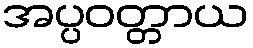
အပ္ပဝတ္တာယ